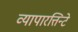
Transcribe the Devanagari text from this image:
व्यापारत्तिन्टे